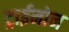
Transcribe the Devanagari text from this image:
ट्राईनोन